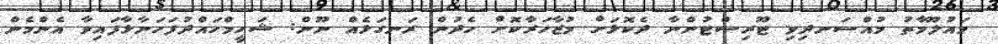
މައުލޫމާތު މުއްސަނދިވި ޓޫރިސްޓުންނާ ދެކޮޅަށް މުޒާހަރާކޮށް ހެދުން ރަނގަޅެއް ނޫން: ޝަހީމްހައްދުފަހަނާޅާފައިވާ އެންމެން